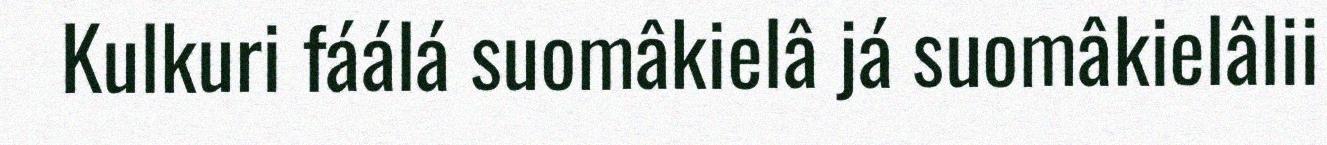
Kulkuri fáálá suomâkielâ já suomâkielâlii